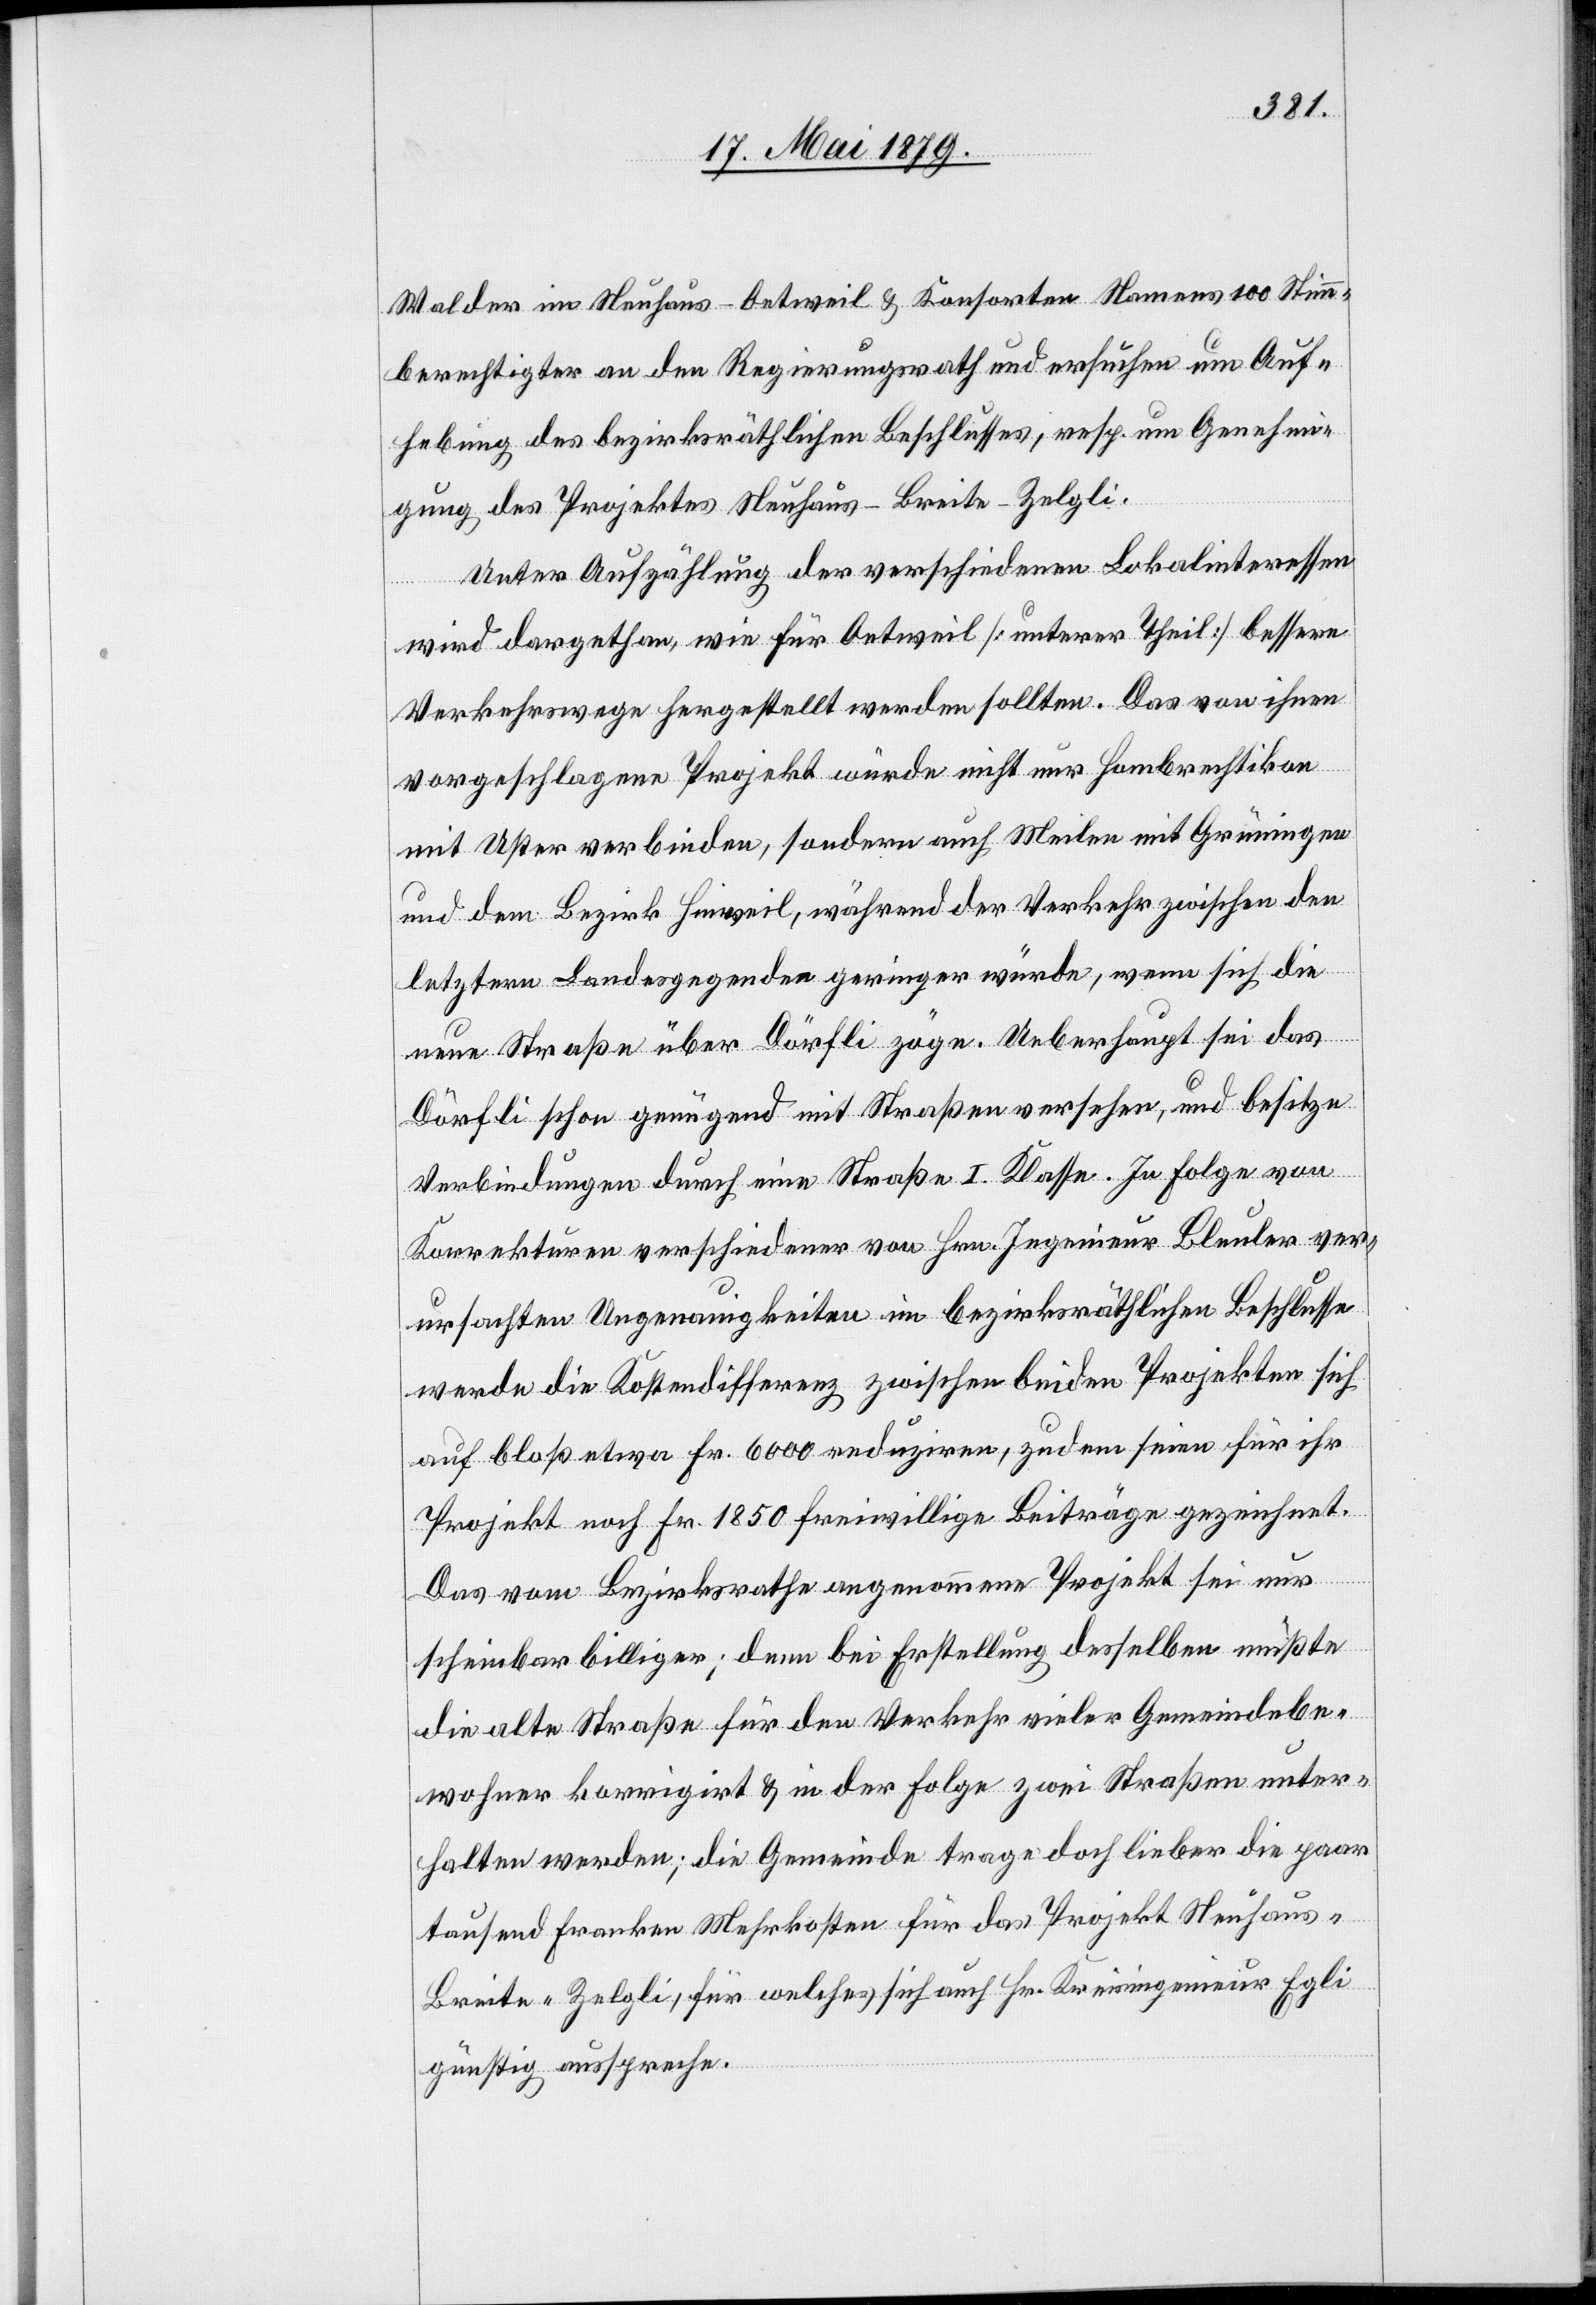
Walder im Neuhaus - Oetweil & Konsorten Namens 100 Stimm¬
berechtigter an den Regierungsrath und ersuchen um Auf¬
hebung des bezirksräthlichen Beschlusses, resp. um Genehmi¬
gung des Projektes Neuhaus–Breite–Zelgli.
Unter Aufzählung der verschiedenen Lokalinteressen
wird dargethan, wie für Oetweil [unterer Theil] bessere
Verkehrswege hergestellt werden sollten. Das von ihnen
vorgeschlagene Projekt würde nicht nur Hombrechtikon
mit Uster verbinden, sondern auch Meilen mit Grüningen
und dem Bezirk Hinweil, während der Verkehr zwischen den
letztern Landesgegenden geringer würde, wenn sich die
neue Straße über Dörfli zöge. Ueberhaupt sei das
Dörfli schon genügend mit Straßen versehen, und besitze
Verbindungen durch eine Straße I. Klasse. In Folge von
Korrekturen verschiedener von Hrn. Ingenieur Bleuler ver¬
ursachten Ungenauigkeiten im bezirksräthlichen Beschlusse
werde die Kostendifferenz zwischen beiden Projekten sich
auf bloß etwa Fr. 6000 reduziren, zudem seien für ihr
Projekt noch Fr. 1850 freiwillige Beiträge gezeichnet.
Das vom Bezirksrathe angenommene Projekt sei nur
scheinbar billiger; denn bei Erstellung desselben müßte
die alte Straße für den Verkehr vieler Gemeindebe¬
wohner korrigirt & in der Folge zwei Straßen unter¬
halten werden; die Gemeinde trage doch lieber die paar
tausend Franken Mehrkosten für das Projekt Neuhaus–B¬
reite–Zelgli, für welches sich auch Hr. Kreisingenieur Egli
günstig ausspreche.